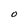
Character: O